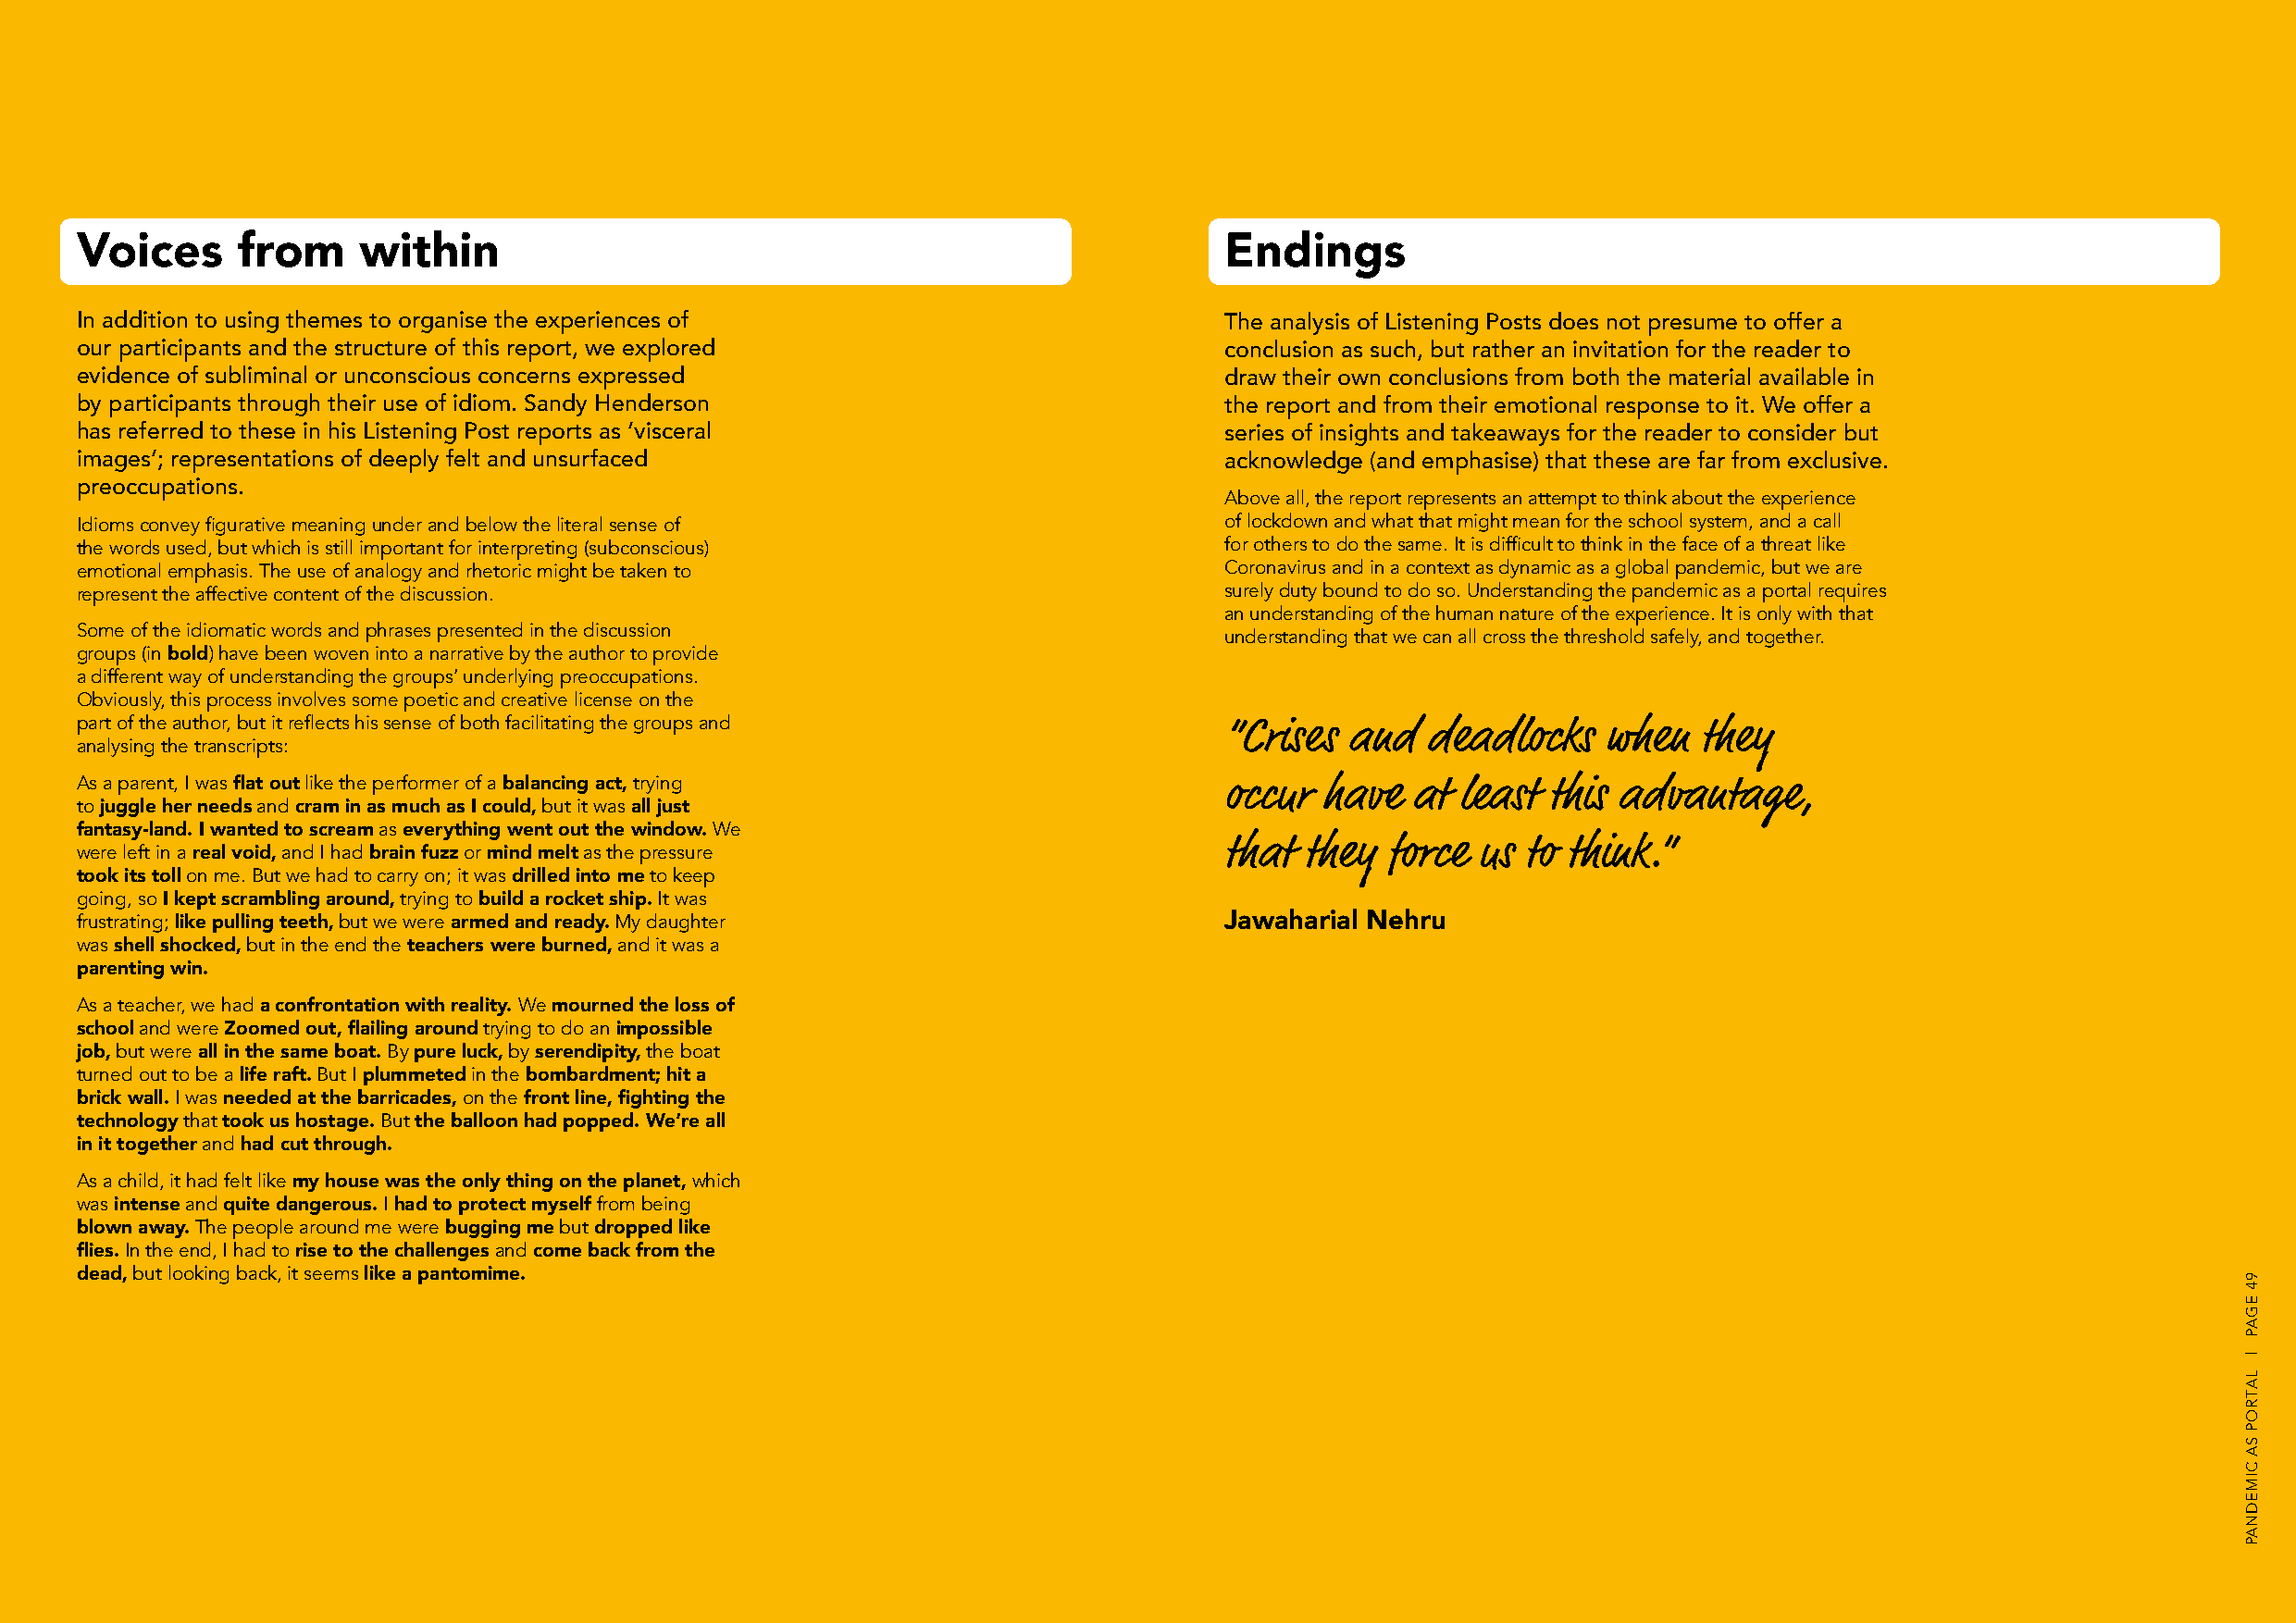
Voices      from     within                                                        Endings
 In addition to using themes to organise the experiences of                         The analysis of Listening Posts does not presume to offer a
 our participants and the structure of this report, we explored                     conclusion as such, but rather an invitation for the reader to
 evidence of subliminal or unconscious concerns expressed                           draw their own conclusions from both the material available in
 by participants through their use of idiom. Sandy Henderson                        the report and from their emotional response to it. We offer a
 has referred to these in his Listening Post reports as ‘visceral                   series of insights and takeaways for the reader to consider but
 images’; representations of deeply felt and unsurfaced                             acknowledge (and emphasise) that these are far from exclusive.
 preoccupations.
 Above all, the report represents an attempt to think about the experience
 Idioms convey figurative meaning under and below the literal sense of              of lockdown and what that might mean for the school system, and a call
 the words used, but which is still important for interpreting (subconscious)       for others to do the same. It is difficult to think in the face of a threat like
 emotional emphasis. The use of analogy and rhetoric might be taken to              Coronavirus and in a context as dynamic as a global pandemic, but we are
 represent the affective content of the discussion.                                 surely duty bound to do so. Understanding the pandemic as a portal requires
 an understanding of the human nature of the experience. It is only with that
 Some of the idiomatic words and phrases presented in the discussion
 understanding that we can all cross the threshold safely, and together.
 groups (in bold) have been woven into a narrative by the author to provide
 a different way of understanding the groups’ underlying preoccupations.
 Obviously, this process involves some poetic and creative license on the
 part of the author, but it reflects his sense of both facilitating the groups and
 “Crises and   deadlocks    when   they
 analysing the transcripts:
 As a parent, I was flat out like the performer of a balancing act, trying          occur  have  at least  this advantage,
 to juggle her needs and cram in as much as I could, but it was all just
 fantasy-land. I wanted to scream as everything went out the window. We
 were left in a real void, and I had brain fuzz or mind melt as the pressure        that they  force  us to think.”
 took its toll on me. But we had to carry on; it was drilled into me to keep
 going, so I kept scrambling around, trying to build a rocket ship. It was
 frustrating; like pulling teeth, but we were armed and ready. My daughter          Jawaharial Nehru
 was shell shocked, but in the end the teachers were burned, and it was a
 parenting win.
 As a teacher, we had a confrontation with reality. We mourned the loss of
 school and were Zoomed out, flailing around trying to do an impossible
 job, but were all in the same boat. By pure luck, by serendipity, the boat
 turned out to be a life raft. But I plummeted in the bombardment; hit a
 brick wall. I was needed at the barricades, on the front line, fighting the
 technology that took us hostage. But the balloon had popped. We’re all
 in it together and had cut through.
 As a child, it had felt like my house was the only thing on the planet, which
 was intense and quite dangerous. I had to protect myself from being
 blown away. The people around me were bugging me but dropped like
 flies. In the end, I had to rise to the challenges and come back from the
 dead, but looking back, it seems like a pantomime.                                                                                                          94
 EGAP
 |
 LATROP
 SA
 CIMEDNAP